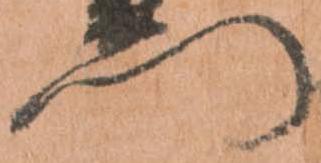
門